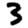
Digit: 3